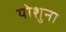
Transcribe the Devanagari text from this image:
योशुना